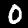
Label: 0